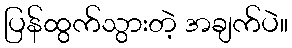
ပြန်ထွက်သွားတဲ့ အချက်ပဲ။